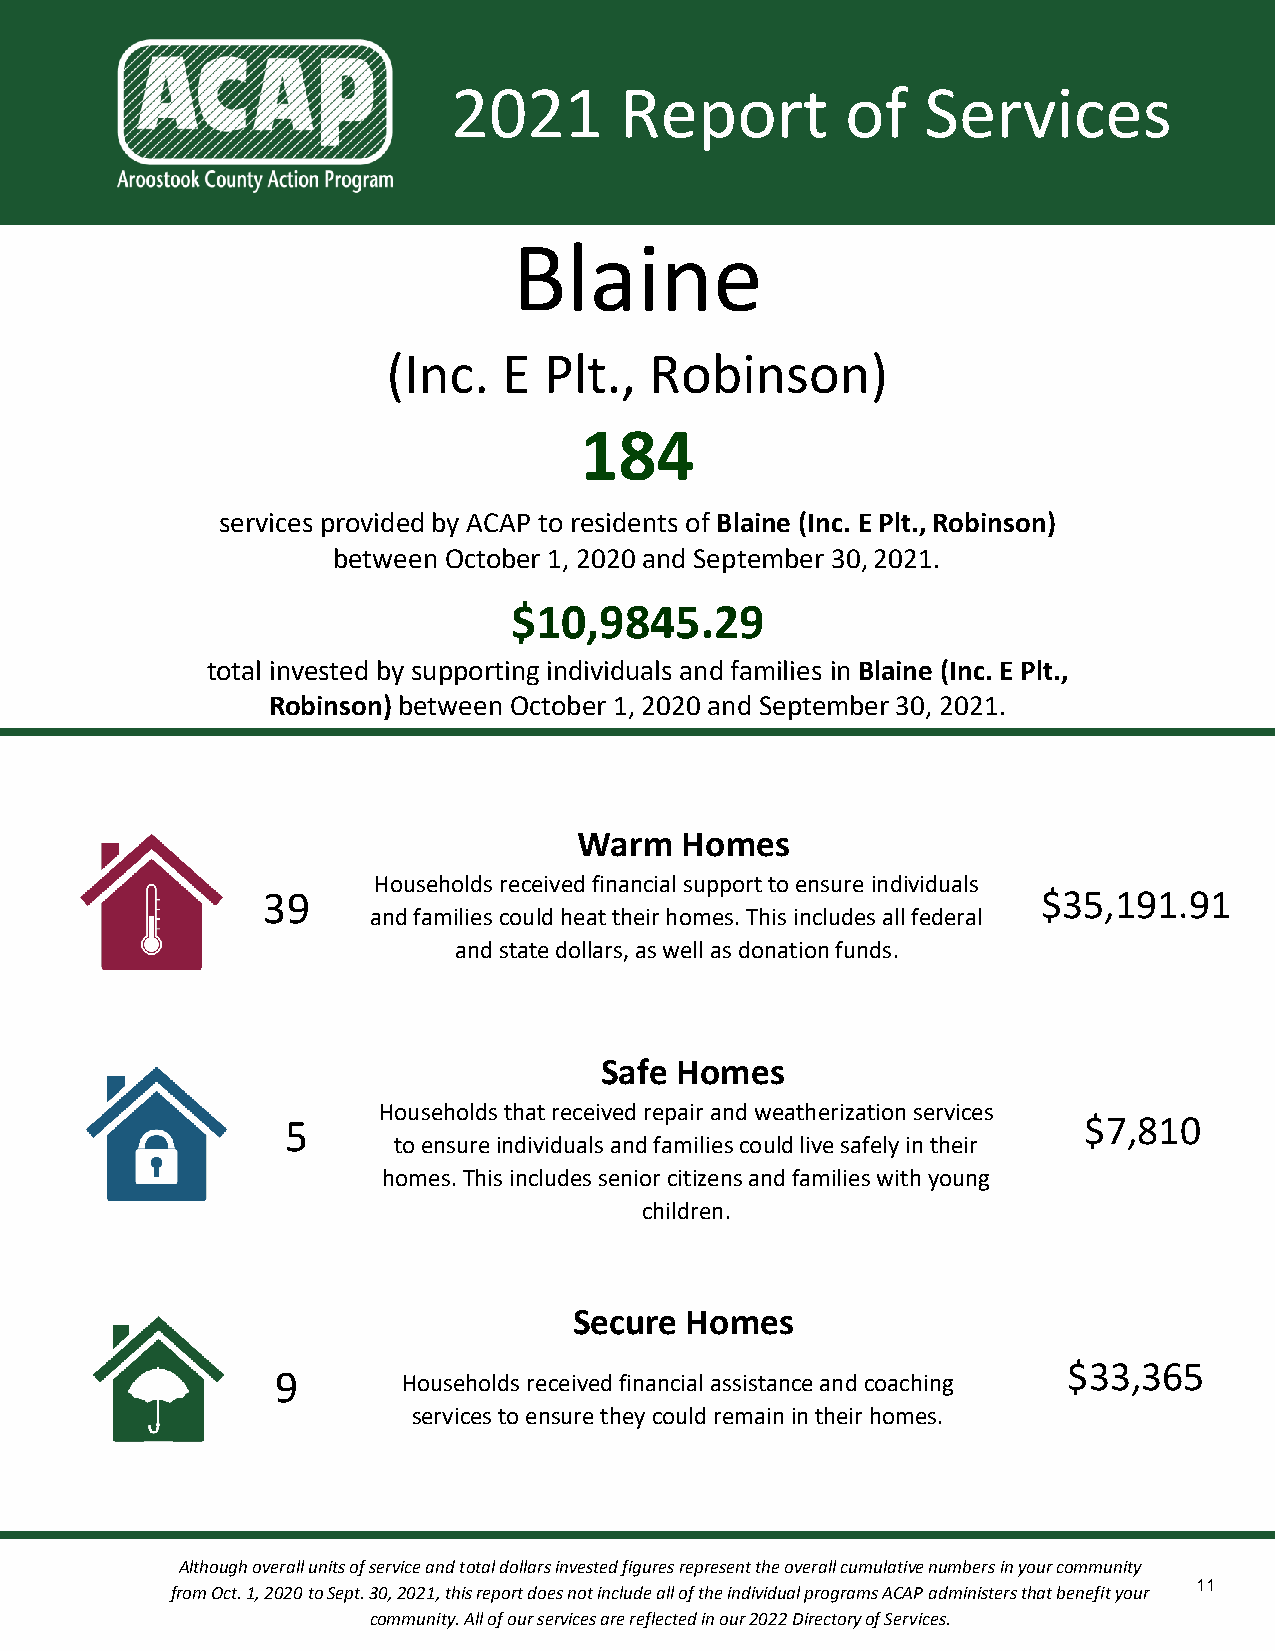
2021       Report         of   Services
 Blaine
 (Inc.  E  Plt.,  Robinson)
 184
 services provided by ACAP to residents of Blaine (Inc. E Plt., Robinson)
 between October 1, 2020 and September 30, 2021.
 $10,9845.29
 total invested by supporting individuals and families in Blaine (Inc. E Plt.,
 Robinson) between October 1, 2020 and September 30, 2021.
 Warm   Homes
 Households received financial support to ensure individuals
 39                                                  $35,191.91
 and families could heat their homes. This includes all federal
 and state dollars, as well as donation funds.
 Safe Homes
 Households that received repair and weatherization services
 5                                                    $7,810
 to ensure individuals and families could live safely in their
 homes. This includes senior citizens and families with young
 children.
 Secure Homes
 $33,365
 9        Households received financial assistance and coaching
 services to ensure they could remain in their homes.
 Although overall units of service and total dollars invested figures represent the overall cumulative numbers in your community
 11
 from Oct. 1, 2020 to Sept. 30, 2021, this report does not include all of the individual programs ACAP administers that benefit your
 community. All of our services are reflected in our 2022 Directory of Services.